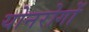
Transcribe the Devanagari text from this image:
योनरोगों